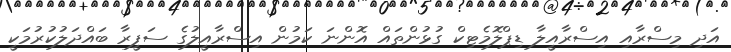
އަދި މިސްރާއި އިސްރާއީލާ ޑިޕްލޮމެޓިކް ގުޅުންތައް އޮންނަ ކަމުން އިސްރާއީލުގެ ސަފީރާ ބައްދަލުކުރުމަކީ